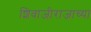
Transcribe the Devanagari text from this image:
शिवाजीराजाच्या